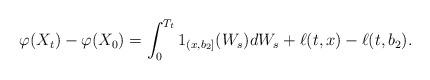
LaTeX: \begin{align*}\varphi(X_t)-\varphi(X_0)=\int_0^{T_t}1_{(x,b_2]}(W_s)dW_s+\ell(t,x)-\ell(t,b_2). \end{align*}